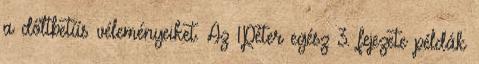
a dőltbetűs véleményeiket. Az 1Péter egész 3. fejezete példák